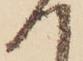
へ